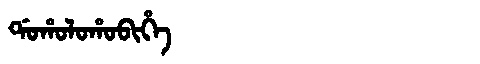
Manchu: ᡩᠣᡥᠣᠯᠣᡥᠣᠪᡳᡥᡝ
Romanization: DOHOLOHOBIHE